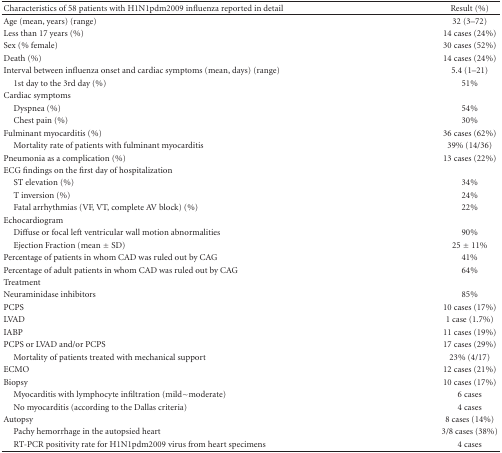
| Characteristics of 58 patients with H1N1pdm2009 influenza reported in detail | Result (%) |
 | --- | --- |
 | Age (mean, years) (range) | 32 (3–72) |
 | Less than 17 years (%) | 14 cases (24%) |
 | Sex (% female) | 30 cases (52%) |
 | Death (%) | 14 cases (24%) |
 | Interval between influenza onset and cardiac symptoms (mean, days) (range) | 5.4 (1–21) |
 | 1st day to the 3rd day (%) | 51% |
 | Cardiac symptoms |  |
 | Dyspnea (%) | 54% |
 | Chest pain (%) | 30% |
 | Fulminant myocarditis (%) | 36 cases (62%) |
 | Mortality rate of patients with fulminant myocarditis | 39% (14/36) |
 | Pneumonia as a complication (%) | 13 cases (22%) |
 | ECG findings on the first day of hospitalization |  |
 | ST elevation (%) | 34% |
 | T inversion (%) | 24% |
 | Fatal arrhythmias (VF, VT, complete AV block) (%) | 22% |
 | Echocardiogram |  |
 | Diffuse or focal left ventricular wall motion abnormalities | 90% |
 | Ejection Fraction (mean ± SD) | 25 ± 11% |
 | Percentage of patients in whom CAD was ruled out by CAG | 41% |
 | Percentage of adult patients in whom CAD was ruled out by CAG | 64% |
 | Treatment |  |
 | Neuraminidase inhibitors | 85% |
 | PCPS | 10 cases (17%) |
 | LVAD | 1 case (1.7%) |
 | IABP | 11 cases (19%) |
 | PCPS or LVAD and/or PCPS | 17 cases (29%) |
 | Mortality of patients treated with mechanical support | 23% (4/17) |
 | ECMO | 12 cases (21%) |
 | Biopsy | 10 cases (17%) |
 | Myocarditis with lymphocyte infiltration (mild~moderate) | 6 cases |
 | No myocarditis (according to the Dallas criteria) | 4 cases |
 | Autopsy | 8 cases (14%) |
 | Pachy hemorrhage in the autopsied heart | 3/8 cases (38%) |
 | RT-PCR positivity rate for H1N1pdm2009 virus from heart specimens | 4 cases |